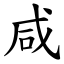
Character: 咸